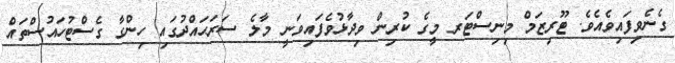
ގެނެވިފައިވެއެވެ. ޓޫރިޒަމް މިނިސްޓަރ މީގެ ކުރިން ވިދާޅުވެފައިވަނީ މާލެ ސަރަޙައްދުގައި ހިންގާ ގެސްޓުހައުސްތައް